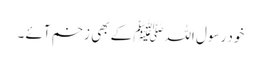
خود رسول اللہﷺ کے بھی زخم آئے ۔